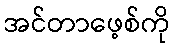
အင်တာဖေ့စ်ကို